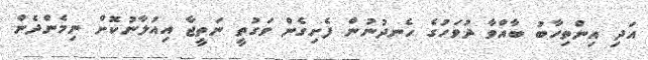
އަދި އިންތިހާބު ބާއްވާ ދުވަހުގެ ހެނދުނުން ފެށިގެން ވަގުތީ ނަތީޖާ އިއުލާނުކޮށް ނިމެންދެން